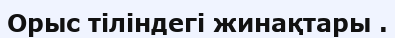
Орыс тіліндегі жинақтары .